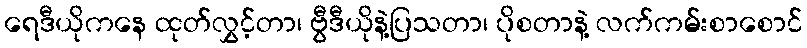
ရေဒီယိုကနေ ထုတ်လွှင့်တာ၊ ဗွီဒီယိုနဲ့ပြသတာ၊ ပိုစတာနဲ့ လက်ကမ်းစာစောင်